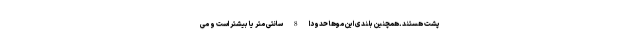
پشت هستند.همچنین بلندی این موها حدودا 8 سانتی متر یا بیشتر است و می